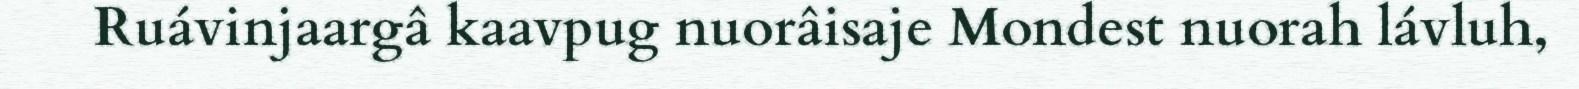
Ruávinjaargâ kaavpug nuorâisaje Mondest nuorah lávluh,